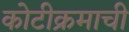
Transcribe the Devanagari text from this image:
कोटीक्रमाची